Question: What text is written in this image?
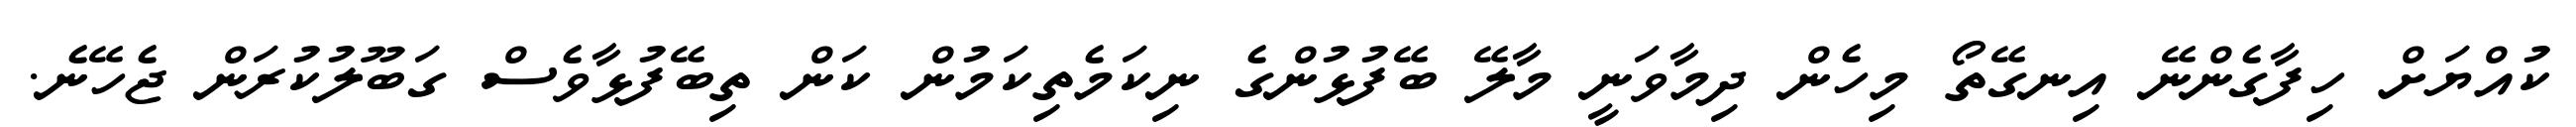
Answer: ކުއްޔަށް ހިފާގެންނޭ އިނގޭތޯ މިހެން ދިމާވަނީ މާލޭ ބޭފުޅުންގެ ނިކަމެތިކަމުން ކަން ތިބޭފުޅާވެސް ގަބޫލުކުރަން ޖެހޭނެ.